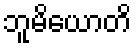
ဘူမိယောတိ